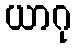
ယာဂု